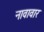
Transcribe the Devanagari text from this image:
नावावार